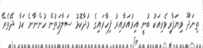
ތިނަދޫ ވިޔަފާރިވެރިއަކު ބުނީ އިރުއަރާއިރު ފިހާރައިގެ މުދާކޮޅު ސަލާމަތުން ހުންނާނެ ކަމާ ދޭތެރޭ